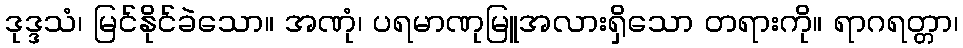
ဒုဒ္ဒသံ၊ မြင်နိုင်ခဲသော။ အဏုံ၊ ပရမာဏုမြူအလားရှိသော တရားကို။ ရာဂရတ္တာ၊